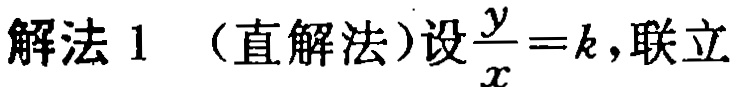
解法 1 （直解法）设$\frac{y}{x}=k$, 联立